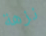
نزهة